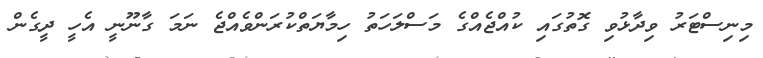
މިނިސްޓަރު ވިދާޅުވި ގޮތުގައި ކުއްޖެއްގެ މަސްލަހަތު ހިމާޔަތްކުރަންވެއްޖެ ނަމަ ގާނޫނީ އެހީ ދީގެން